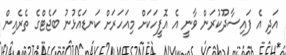
އަދި އެ ފައިސާދޫކުރަން ވާނީ އެ އޮފީހަކަށް މިއަހަރަށް ކަނޑައެޅުނު ބަޖެޓްގެ ތެރެއިން